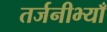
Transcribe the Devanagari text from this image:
तर्जनीभ्याँ